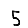
Digit: 5